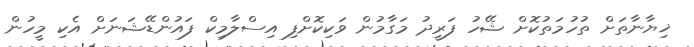
ޚިޔާނާތަށް ތުހުމަތުކޮށް ޝޭހު ފަރީދު މަގާމުން ވަކިކޮށްފި އިސްލާމިކް ފައުންޑޭޝަނަށް އެކި މީހުން